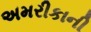
અમરીકાની